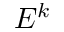
E ^ { k }